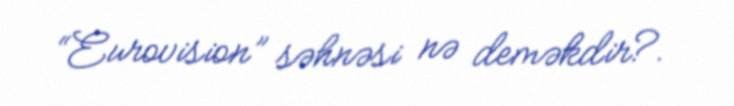
“Eurovision” səhnəsi nə deməkdir?.